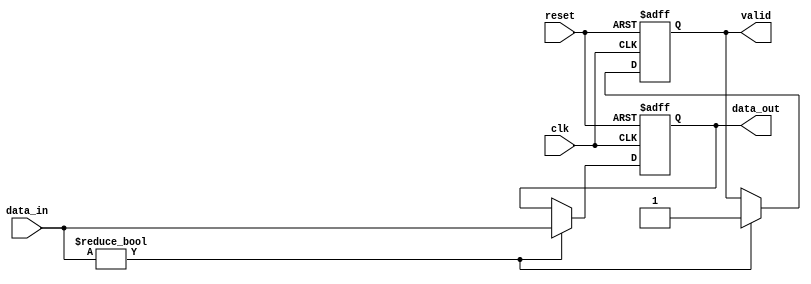
module default_state_initialization (
    input wire clk,             // Clock signal
    input wire reset,           // Asynchronous reset signal
    input wire [7:0] data_in,   // Example input data
    output reg [7:0] data_out,   // Example output data
    output reg valid            // Example control signal
);

    // State Variables
    reg [3:0] counter;          // Example counter
    reg boolean_state;          // Example boolean state

    // Default Values
    localparam DEFAULT_COUNTER = 4'd0;
    localparam DEFAULT_BOOLEAN = 1'b0;
    localparam DEFAULT_VALID = 1'b0;

    // Asynchronous Reset Logic
    always @(posedge clk or posedge reset) begin
        if (reset) begin
            // Initialize state variables to default values
            counter      <= DEFAULT_COUNTER;
            boolean_state <= DEFAULT_BOOLEAN;
            valid        <= DEFAULT_VALID;
            data_out     <= 8'd0; // Example initialization for output data
        end else begin
            // Behavioral logic to update state variables
            // If certain conditions or inputs are met, modify the state variables
            if (data_in != 8'd0) begin
                counter <= counter + 1; // Increment counter
                valid <= 1'b1;          // Set valid high when data is received
                data_out <= data_in;   // Update output with input data
            end
        end
    end

endmodule